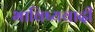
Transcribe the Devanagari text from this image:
भाविष्यवादी